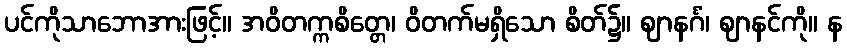
ပင်ကိုသာဘောအားဖြင့်။ အဝိတက္ကစိတ္တေ၊ ဝိတက်မရှိသော စိတ်၌။ ဈာနင်္ဂံ၊ ဈာနင်ကို။ န